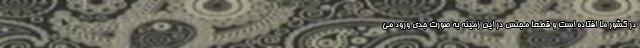
در کشور ما افتاده است و قطعا مجلس در این زمینه به صورت جدی ورود می